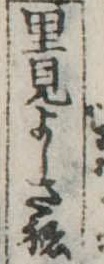
里見よしさね